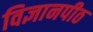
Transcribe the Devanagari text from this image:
विज्ञानपीठ